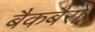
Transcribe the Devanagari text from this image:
बैकबैरो